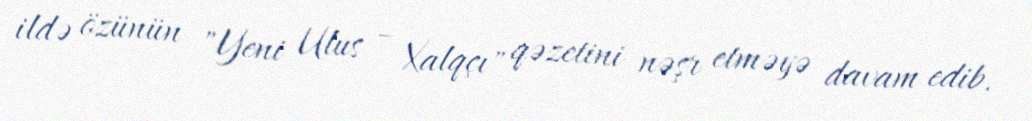
ildə özünün "Yeni Ulus – Xalqçı" qəzetini nəşr etməyə davam edib.